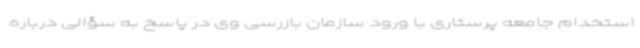
استخدام جامعه پرستاری با ورود سازمان بازرسی وی در پاسخ به سؤالی درباره